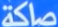
صاكة